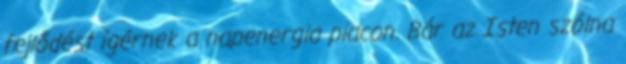
fejlődést ígérnek a napenergia piacon. Bár az Isten szólna